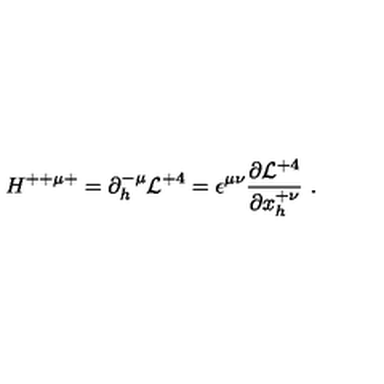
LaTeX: H ^ { + + \mu + } = \partial _ { h } ^ { - \mu } { \cal L } ^ { + 4 } = \epsilon ^ { \mu \nu } { \frac { \partial { { \cal L } ^ { + 4 } } } { \partial { x _ { h } ^ { + \nu } } } } \ .